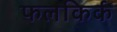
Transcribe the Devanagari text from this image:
फलकिर्क